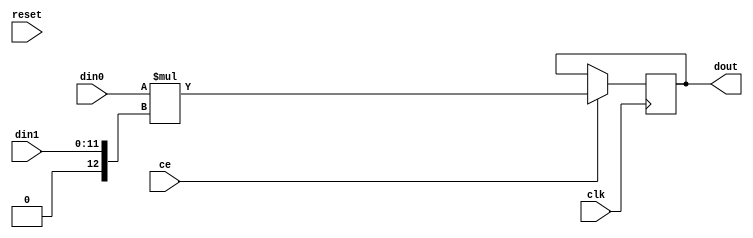
// ==============================================================
// Vitis HLS - High-Level Synthesis from C, C++ and OpenCL v2022.2 (64-bit)
// Version: 2022.2
// Copyright 1986-2022 Xilinx, Inc. All Rights Reserved.
// ==============================================================

`timescale 1 ns / 1 ps

module inter_kernel_mul_32s_9ns_32_2_1(clk, ce, reset, din0, din1, dout);
parameter ID = 1;
parameter NUM_STAGE = 1;
parameter din0_WIDTH = 14;
parameter din1_WIDTH = 12;
parameter dout_WIDTH = 26;
input clk;
input ce;
input reset;
input signed [din0_WIDTH - 1 : 0] din0;
input [din1_WIDTH - 1 : 0] din1;
output[dout_WIDTH - 1 : 0] dout;
reg signed [dout_WIDTH - 1 : 0] dout;
wire signed [dout_WIDTH - 1 : 0] tmp_product;

assign tmp_product = $signed(din0) * $signed({1'b0, din1});
always @ (posedge clk) begin
    if (ce) begin
        dout <= tmp_product;
    end
end
endmodule